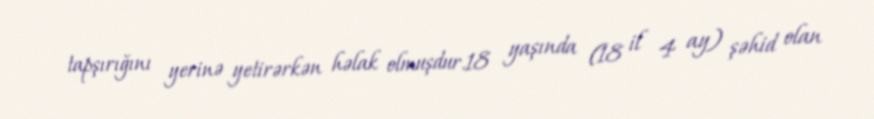
tapşırığını yerinə yetirərkən həlak olmuşdur.18 yaşında (18 il 4 ay) şəhid olan